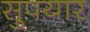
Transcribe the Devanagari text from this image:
सुपयार